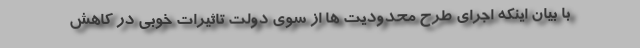
با بیان اینکه اجرای طرح محدودیت ها از سوی دولت تاثیرات خوبی در کاهش